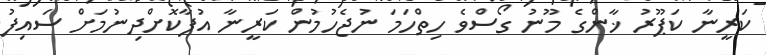
ކަރީނާ ކަޕޫރު ޚާންގެ މޫނު ގޯސްވެ ހިތްހަމަ ނުޖެހުމުން ކަރީނާ އުފާކޮށްދިނުމަށް ސައިފު